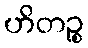
ဟိတဉ္စ